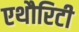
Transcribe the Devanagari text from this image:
एथौरिटी